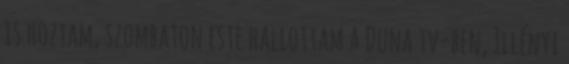
is hoztam, szombaton este hallottam a Duna tv-ben, Illényi